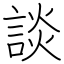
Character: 談